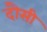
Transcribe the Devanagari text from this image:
दौसी